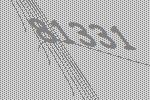
81331